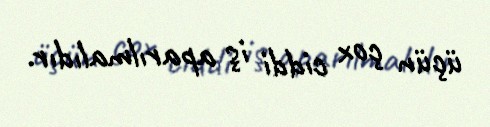
üçün çox ciddi iş aparılmalıdır.